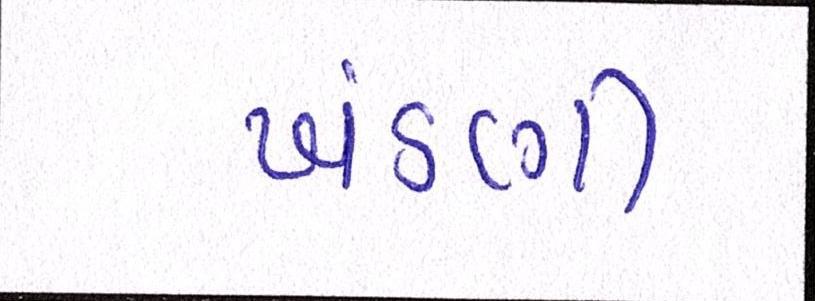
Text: ખંડણી